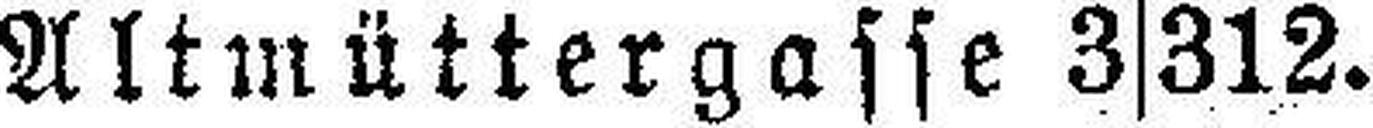
Altmüttergasse 3|312.